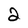
Character: 2